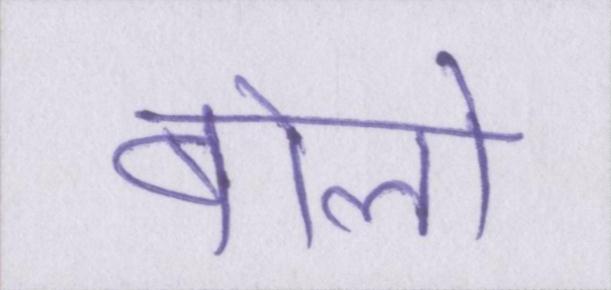
बोलो